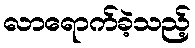
လာရောက်ခဲ့သည့်